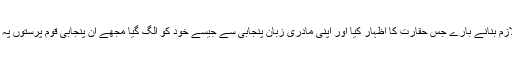
وجاہت مسعود نے گفتگو کے آخر میں مادری زبانوں میں تعلیم کو لازم بنانے بارے جس حقارت کا اظہار کیا اور اپنی مادری زبان پنجابی سے جیسے خود کو الگ گیا مجھے ان پنجابی قوم پرستوں پہ بہت رحم آیا جو ان کی پنجابی شاعری پہ صفحے کالے کرتے رہے۔